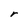
Character: r